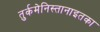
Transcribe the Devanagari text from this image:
तुर्कमेनिस्तानाइतका